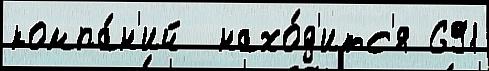
компа́н'ий  нахо́д'итс'я 691